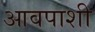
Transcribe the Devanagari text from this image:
आवपाशी